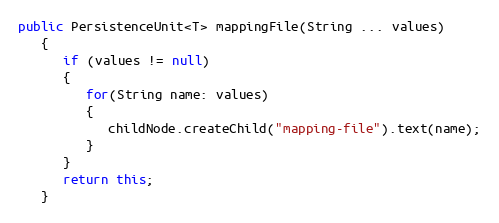
Language: Java
public PersistenceUnit<T> mappingFile(String ... values)
   {
      if (values != null)
      {
         for(String name: values)
         {
            childNode.createChild("mapping-file").text(name);
         }
      }
      return this;
   }